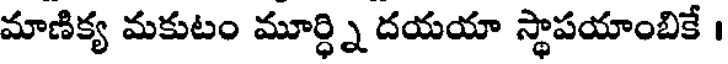
మాణిక్య మకుటం మూర్ధ్ని దయయా స్థాపయాంబికే ।